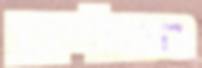
הכלים